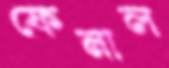
ফেনাল